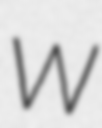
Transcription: W